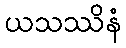
ယသဿိနံ